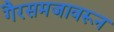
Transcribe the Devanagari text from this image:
गैरसमजावरून